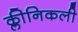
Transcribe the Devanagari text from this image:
क्लीनिकली